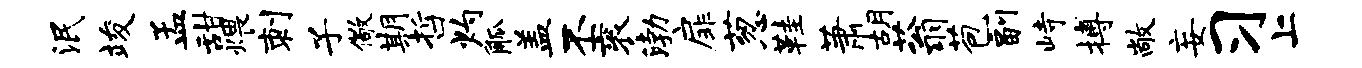
泯竣孟甜煨刺子儆期哲灼觚盖丕衮渤扉葱鞋萧胡蓊苞副峙搏敞妄习上